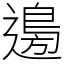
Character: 𮞽